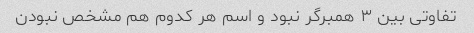
تفاوتی بین ۳ همبرگر نبود و اسم هر کدوم هم مشخص نبودن